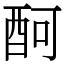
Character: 酠